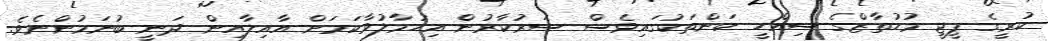
ކުރީގެ ޕީޖީ މުހުތާޒްގެ ސިއްހީ ކަންތަކުގައިވެސް ސަރުކާރުން އިހުމާލުވާކަމަށް އާއިލާއިން ދަނީ ބުނަމުންނެވެ.